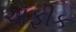
ઍફીક